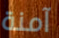
آمنة